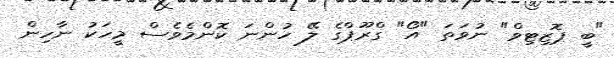
"ބީ ޕޮޒިޓިވް" ނުވަތަ "އޯ" ގްރޫޕްގެ ލޭ ހުންނަ ކޮންމެވެސް މީހަކު ނާހިން